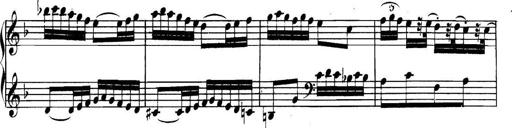
Title: Collected Piano Sonatas
Composer: Muzio Clementi